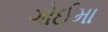
ગોઈમા